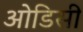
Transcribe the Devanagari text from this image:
आेडिसी